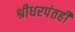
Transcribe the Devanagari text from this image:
श्रीधरपंतही